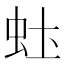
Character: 𬟶